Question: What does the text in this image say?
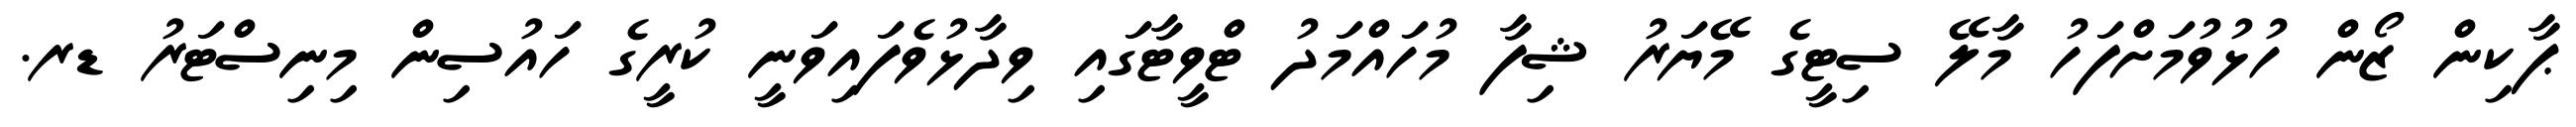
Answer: ޕާކިން ޒޯން ހުޅުވުމަށްފަހު މާލޭ ސިޓީގެ މޭޔަރު ޝިފާ މުހައްމަދު ޓްވީޓާގައި ވިދާޅުވެފައިވަނީ ކުރީގެ ހައުސިން މިނިސްޓަރު ޑރ.